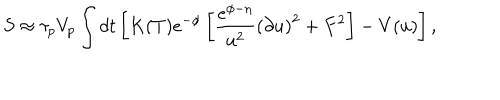
S \approx \tau _ { p } V _ { p } \int d t \left[ K ( T ) e ^ { - \phi } \left[ { \frac { e ^ { \phi - \eta } } { u ^ { 2 } } } { ( \partial u ) } ^ { 2 } + F ^ { 2 } \right] - V ( u ) \right] ,